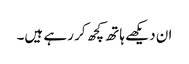
ان دیکھے ہاتھ کچھ کر رہے ہیں۔